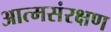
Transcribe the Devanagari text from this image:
आत्मसंरक्षण